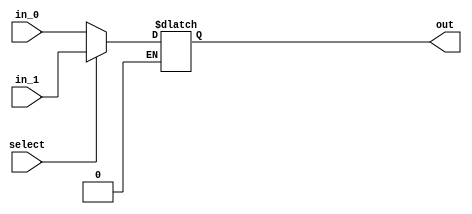
module mux_5_bit(in_0, in_1, out, select);
    input [4:0] in_0, in_1;
    input select;
    output reg [4:0] out;

    always @(in_0, in_1, select) begin
        if (select == 1'b0)
            out = in_0;
        else if (select == 1'b1)
            out = in_1;
    end
endmodule

module mux_5bit_test();
    reg [4:0] in_0, in_1;
    reg select;
    wire [4:0] out;

    mux_5_bit mux_5_bit_test(in_0, in_1, out, select);
    initial begin
        in_0 = 5'b00000;
        in_1 = 5'b11111;
        select = 1'b0;
        #1000 select = 1'b1;
        #1000 in_1 = 5'b10101;
        #1000 in_0 = 5'b01010;
        select = 1'b0;
        #1000;
    end
endmodule